General report no. 6 on the lunatic asylums, vaccination and dispensaries in the Bengal Presidency, 1873 -
Year: 1873
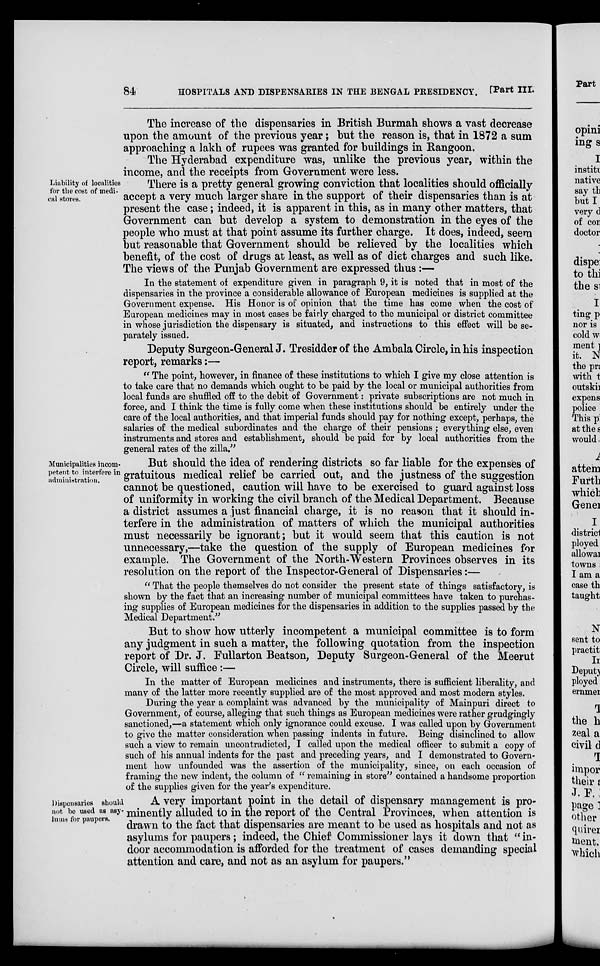
84
HOSPITALS AND DISPENSARIES IN THE BENGAL PRESIDENCY. [Part III.
Liability of localities
for the cost of medi-
cal stores.
The increase of the dispensaries in British Burmah shows a vast decrease
upon the amount of the previous year; but the reason is, that in 1872 a sum
approaching a lakh of rupees was granted for buildings in Rangoon.
The Hyderabad expenditure was, unlike the previous year, within the
income, and the receipts from Government were less.
There is a pretty general growing conviction that localities should officially
accept a very much larger share in the support of their dispensaries than is at
present the case; indeed, it is apparent in this, as in many other matters, that
Government can but develop a system to demonstration in the eyes of the
people who must at that point assume its further charge. It does, indeed, seem
but reasonable that Government should be relieved by the localities which
benefit, of the cost of drugs at least, as well as of diet charges and such like.
The views of the Punjab Government are expressed thus:—
In the statement of expenditure given in paragraph 9, it is noted that in most of the
dispensaries in the province a considerable allowance of European medicines is supplied at the
Government expense. His Honor is of opinion that the time has come when the cost of
European medicines may in most cases be fairly charged to the municipal or district committee
in whose jurisdiction the dispensary is situated, and instructions to this effect will be se-
parately issued.
Deputy Surgeon-General J. Tresidder of the Ambala Circle, in his inspection
report, remarks:—
"The point, however, in finance of these institutions to which I give my close attention is
to take care that no demands which ought to be paid by the local or municipal authorities from
local funds are shuffled off to the debit of Government: private subscriptions are not much in
force, and I think the time is fully come when these institutions should be entirely under the
care of the local authorities, and that imperial funds should pay for nothing except, perhaps, the
salaries of the medical subordinates and the charge of their pensions ; everything else, even
instruments and stores and establishment, should be paid for by local authorities from the
general rates of the zilla."
Municipalities incom-
petent to interfere in
administration.
But should the idea of rendering districts so far liable for the expenses of
gratuitous medical relief be carried out, and the justness of the suggestion
cannot be questioned, caution will have to be exercised to guard against loss
of uniformity in working the civil branch of the Medical Department. Because
a district assumes a just financial charge, it is no reason that it should in-
terfere in the administration of matters of which the municipal authorities
must necessarily be ignorant; but it would seem that this caution is not
unnecessary,—take the question of the supply of European medicines for
example. The Government of the North-Western Provinces observes in its
resolution on the report of the Inspector-General of Dispensaries:—
"That the people themselves do not consider the present state of things satisfactory, is
shown by the fact that an increasing number of municipal committees have taken to purchas-
ing supplies of European medicines for the dispensaries in addition to the supplies passed by the
Medical Department."
But to show how utterly incompetent a municipal committee is to form
any judgment in such a matter, the following quotation from the inspection
report of Dr. J. Fullarton Beatson, Deputy Surgeon-General of the Meerut
Circle, will suffice :—
In the matter of European medicines and instruments, there is sufficient liberality, and
many of the latter more recently supplied are of the most approved and most modern styles.
During the year a complaint was advanced by the municipality of Mainpuri direct to
Government, of course, alleging that such things as European medicines were rather grudgingly
sanctioned,—a statement which only ignorance could excuse. I was called upon by Government
to give the matter consideration when passing indents in future. Being disinclined to allow
such a view to remain uncontradicted, I called upon the medical officer to submit a copy of
such of his annual indents for the past and preceding years, and I demonstrated to Govern-
ment how unfounded was the assertion of the municipality, since, on each occasion of
framing the new indent, the column of "remaining in store" contained a handsome proportion
of the supplies given for the year's expenditure.
Dispensaries should
not be used as asy-
lums for paupers.
A very important point in the detail of dispensary management is pro-
minently alluded to in the report of the Central Provinces, when attention is
drawn to the fact that dispensaries are meant to be used as hospitals and not as
asylums for paupers; indeed, the Chief Commissioner lays it down that "in-
door accommodation is afforded for the treatment of cases demanding special
attention and care, and not as an asylum for paupers."